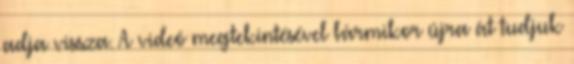
adja vissza. A videó megtekintésével bármikor újra át tudjuk